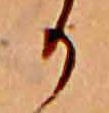
か